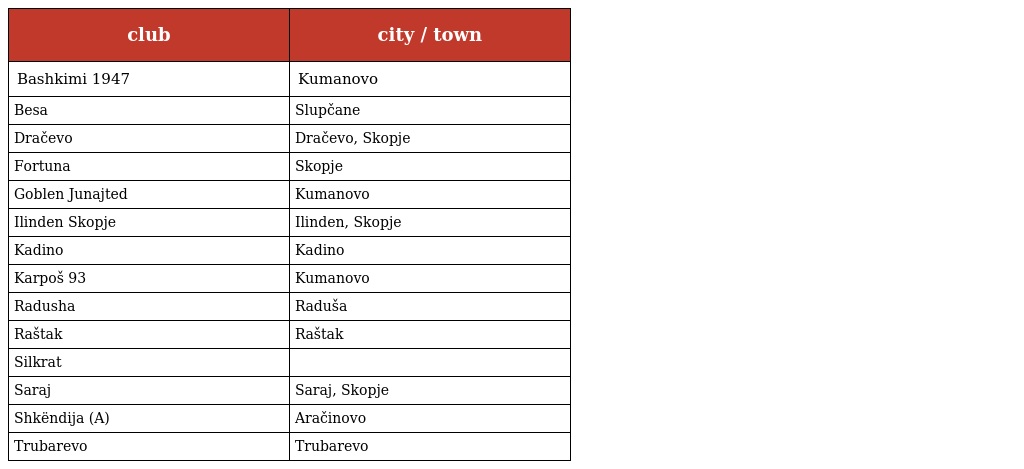
| club | city / town |
 | --- | --- |
 | Bashkimi 1947 | Kumanovo |
 | Besa | Slupčane |
 | Dračevo | Dračevo, Skopje |
 | Fortuna | Skopje |
 | Goblen Junajted | Kumanovo |
 | Ilinden Skopje | Ilinden, Skopje |
 | Kadino | Kadino |
 | Karpoš 93 | Kumanovo |
 | Radusha | Raduša |
 | Raštak | Raštak |
 | Silkrat |  |
 | Saraj | Saraj, Skopje |
 | Shkëndija (A) | Aračinovo |
 | Trubarevo | Trubarevo |